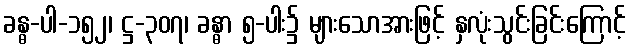
ခန္ဓ-ပါ-၁၅၂၊ ဋ္ဌ-၃၀၇၊ ခန္ဓာ ၅-ပါး၌ များသောအားဖြင့် နှလုံးသွင်းခြင်းကြောင့်